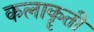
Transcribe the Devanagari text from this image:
कलाकॄती